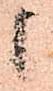
候